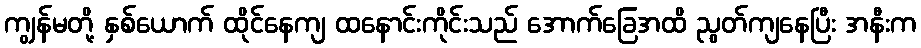
ကျွန်မတို့ နှစ်ယောက် ထိုင်နေကျ ထနောင်းကိုင်းသည် အောက်ခြေအထိ ညွတ်ကျနေပြီး အနီးက